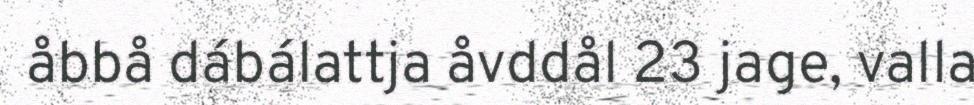
åbbå dábálattja åvddål 23 jage, valla